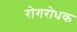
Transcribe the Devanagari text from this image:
रोगरोधक